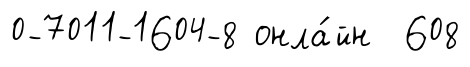
0-7011-1604-8 онла́йн 608